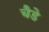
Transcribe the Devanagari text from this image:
चैडे